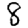
Digit: 8